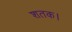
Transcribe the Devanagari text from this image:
शतक।